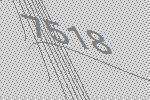
7518